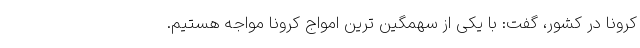
کرونا در کشور، گفت: با یکی از سهمگین ‌ترین امواج کرونا مواجه هستیم.